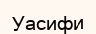
Уасифи